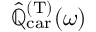
\hat { \mathbb { Q } } _ { \mathrm { c a r } } ^ { ( \mathrm { T } ) } ( \omega )